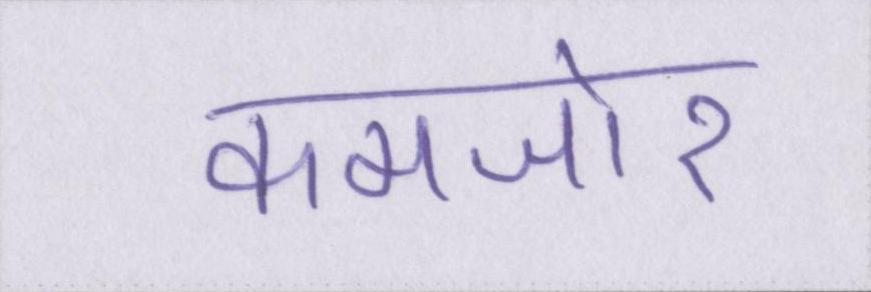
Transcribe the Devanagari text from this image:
कमजोर